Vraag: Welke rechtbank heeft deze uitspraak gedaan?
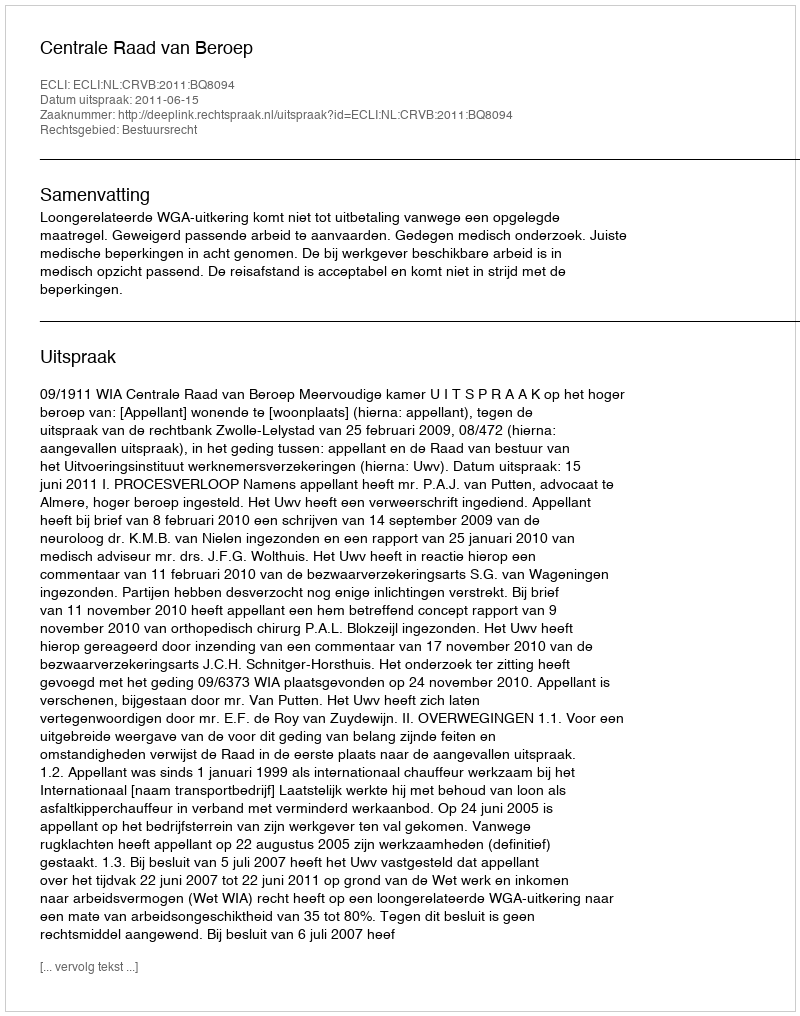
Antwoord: Centrale Raad van Beroep